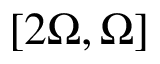
[ 2 \Omega , \Omega ]